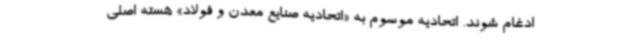
ادغام شوند. اتحادیه موسوم به «اتحادیه صنایع معدن و فولاد» هسته اصلی